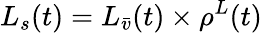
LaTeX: {{L}_{s}(t)}={L}_{\bar{v}}(t)\times{\rho^{L}}(t)